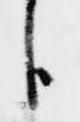
臣